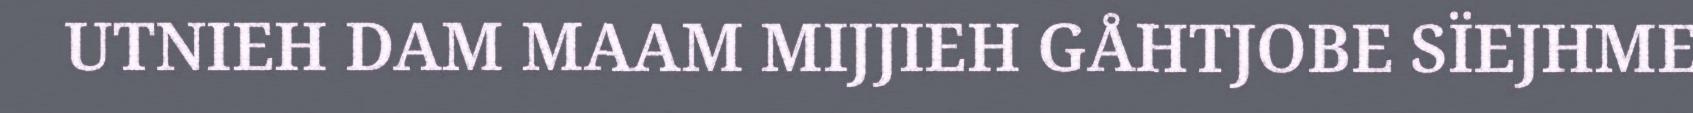
UTNIEH DAM MAAM MIJJIEH GÅHTJOBE SÏEJHME